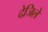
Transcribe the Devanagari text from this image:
देजिले